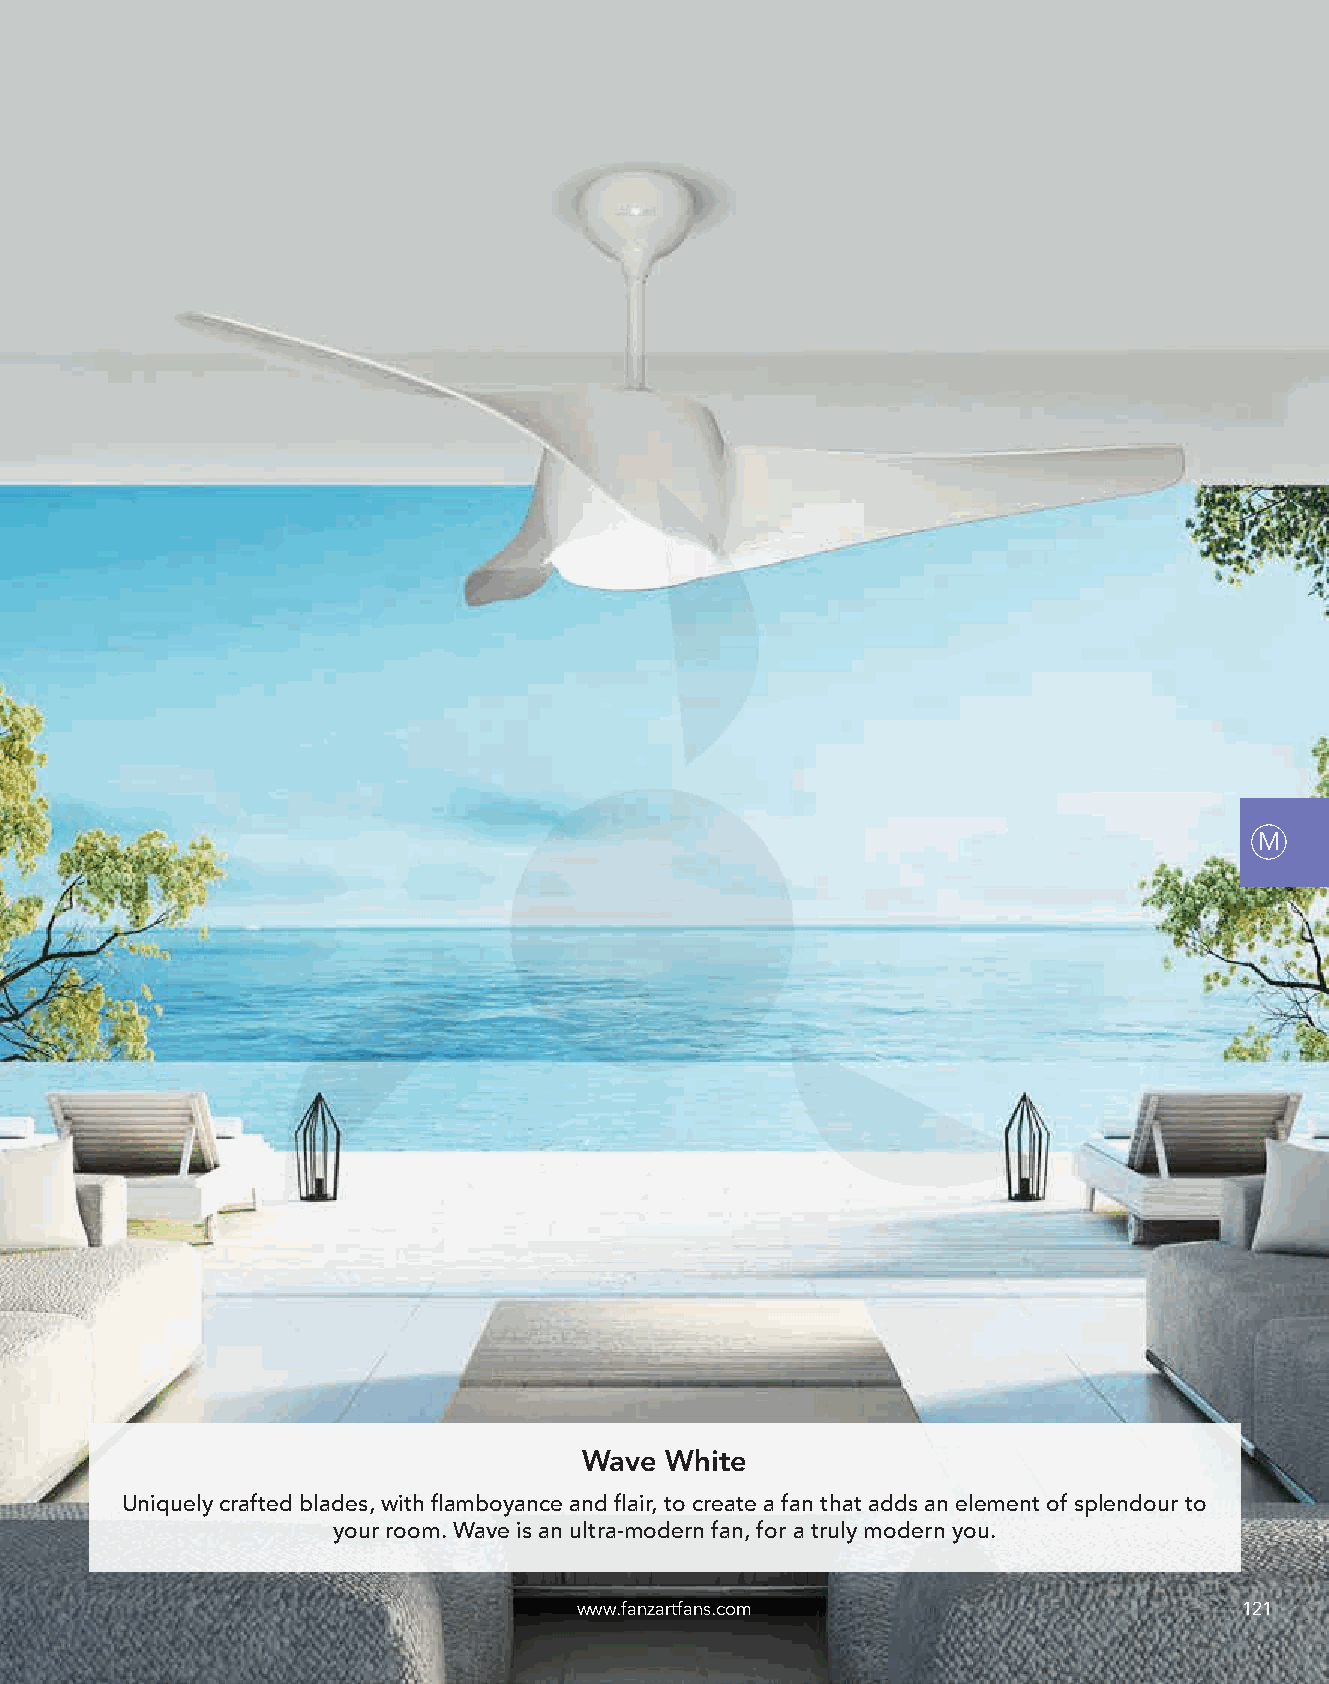
M
 Wave White
 Uniquely crafted blades, with flamboyance and flair, to create a fan that adds an element of splendour to
 your room. Wave is an ultra-modern fan, for a truly modern you.
 www.fanzartfans.com                         121